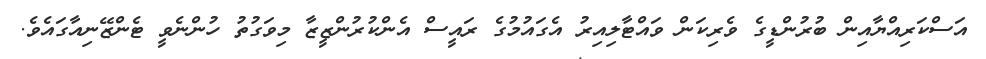
އަސްކަރިއްޔާއިން ބުރުންޑީގެ ވެރިކަން ވައްޓާލިއިރު އެގައުމުގެ ރައީސް އެންކުރުންޒީޒާ މިވަގުތު ހުންނެވީ ޓެންޒޭނިއާގައެވެ.